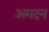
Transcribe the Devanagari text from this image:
अमदन